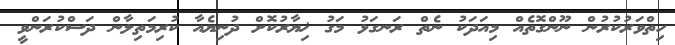
ހިތްވަރުކުރުން ނޫންގޮތެއް މިއަދަކު ނެތް ރަނގަޅު މަގު ޚިޔާރުކޮށް ދުނިޔެއާ ކުރިމަތިލާން ދަސްކުރަންވީ